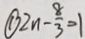
\textcircled { 1 } 2 n - \frac { 8 } { 3 } = 1